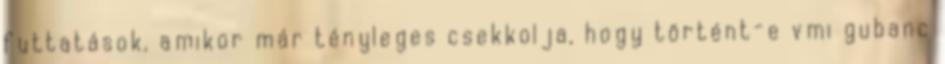
futtatások, amikor már tényleges csekkolja, hogy történt-e vmi gubanc